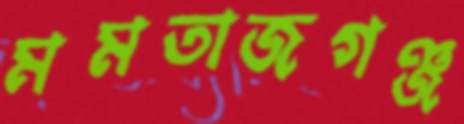
মমতাজগঞ্জ